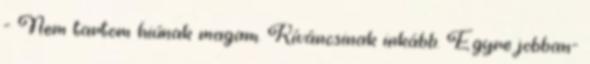
- Nem tartom hiúnak magam. Kíváncsinak inkább. Egyre jobban-